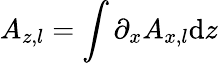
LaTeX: A_{z,l}=\int\partial_{x}A_{x,l}\mathrm{d}z